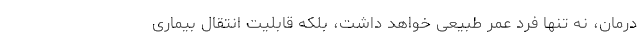
درمان، نه تنها فرد عمر طبیعی خواهد داشت، بلکه قابلیت انتقال بیماری